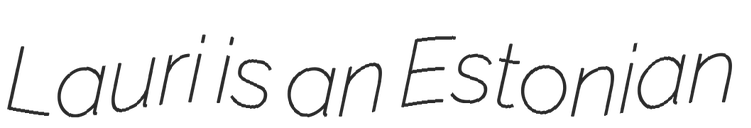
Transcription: Lauri is an Estonian